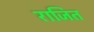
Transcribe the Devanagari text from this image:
राजित